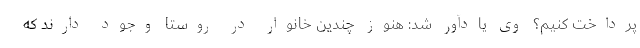
پرداخت کنیم؟ وی یادآور شد: هنوز چندین خانوار در روستا وجود دارند که